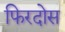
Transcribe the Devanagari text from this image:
फिरदोस